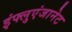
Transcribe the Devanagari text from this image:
इंफ्लुएंजानेट